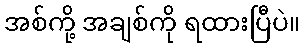
အစ်ကို့ အချစ်ကို ရထားပြီပဲ။